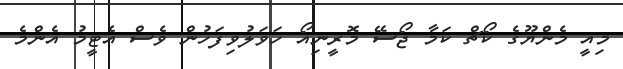
މިއީ މެންޔޫގެ ކޯޗް ކަމާ ޖޯސޭ މޮރީނިއޯ ހަވަލުވިފަހުން ވެސް އެޓީމު އެންމެ